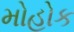
મોહોક